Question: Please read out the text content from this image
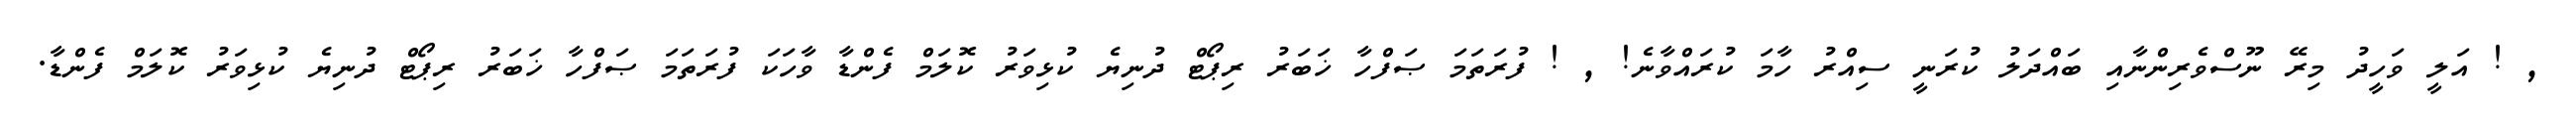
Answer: , ! އަލީ ވަހީދު މިރޭ ނޫސްވެރިންނާއި ބައްދަލު ކުރަނީ ސިއްރު ހާމަ ކުރައްވާނެ! , ! ފުރަތަމަ ޞަފްހާ ޚަބަރު ރިޕޯޓް ދުނިޔެ ކުޅިވަރު ކޮލަމް ފެންޑާ ވާހަކަ ފުރަތަމަ ޞަފްހާ ޚަބަރު ރިޕޯޓް ދުނިޔެ ކުޅިވަރު ކޮލަމް ފެންޑާ.